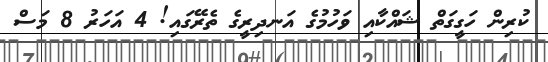
ކުރިން ހަގީގަތް ޝައްކާއި ވަހުމުގެ އަނދިރީގެ ތެރޭގައި! 4 އަހަރު 8 މަސް